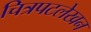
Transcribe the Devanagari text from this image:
चित्रपटलेखन